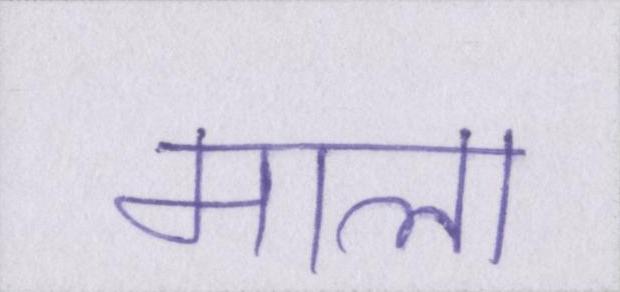
माला